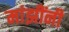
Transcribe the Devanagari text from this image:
मांझींनी